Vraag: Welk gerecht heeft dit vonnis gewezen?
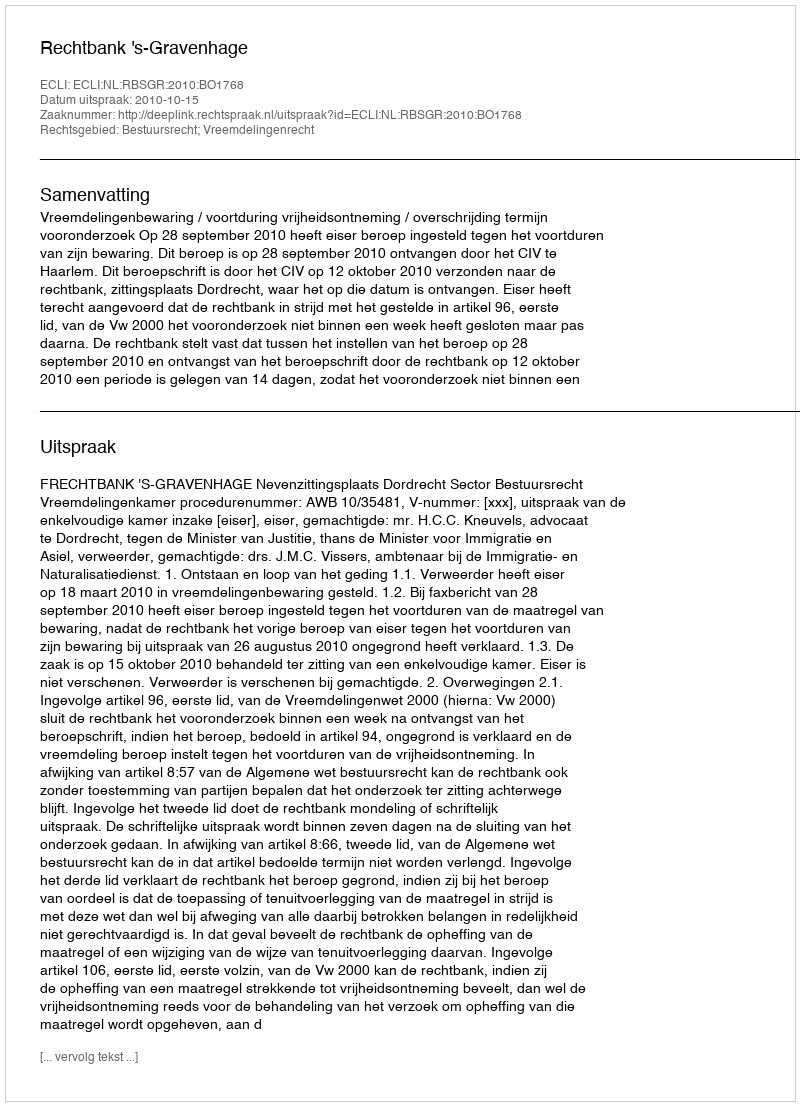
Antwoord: Rechtbank 's-Gravenhage